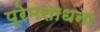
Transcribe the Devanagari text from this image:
प्रेमसाधना